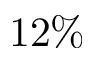
1 2 \%